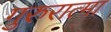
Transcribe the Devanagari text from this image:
गुरुरात्मा